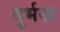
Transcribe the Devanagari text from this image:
दुर्भख